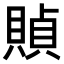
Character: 𧶸